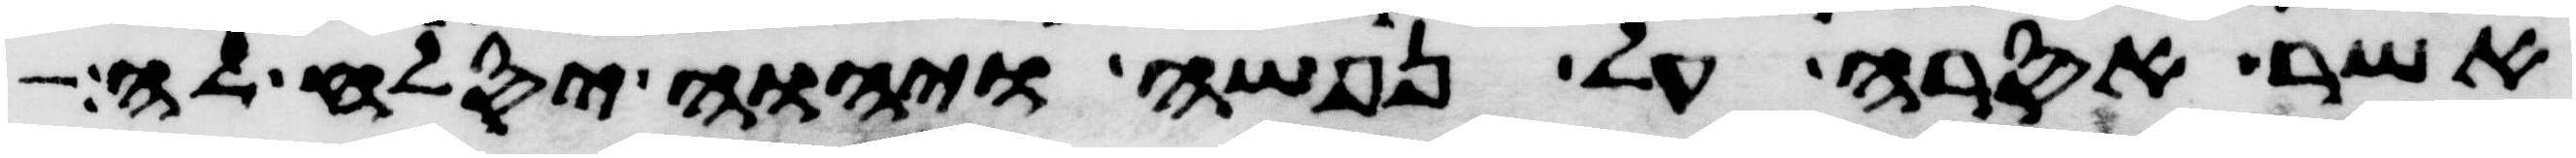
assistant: אשר אסרה על נפשה ויהוה יסלח לה